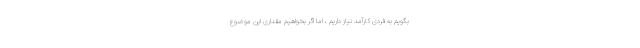
بگویم به فردی کارآمد نیاز داریم ، اما اگر بخواهیم مقداری این موضوع